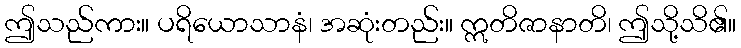
ဤသည်ကား။ ပရိယောသာနံ၊ အဆုံးတည်း။ ဣတိဇာနာတိ၊ ဤသို့သိ၏။